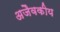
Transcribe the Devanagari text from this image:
अजैवकीय